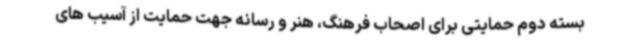
بسته دوم حمایتی برای اصحاب فرهنگ، هنر و رسانه جهت حمایت از آسیب های